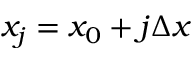
x _ { j } = x _ { 0 } + j \Delta x